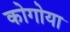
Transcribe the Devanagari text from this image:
कोगोया